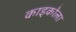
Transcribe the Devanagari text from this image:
काइकोला